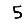
Digit: 5